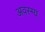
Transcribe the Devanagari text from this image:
अवस्ग्य